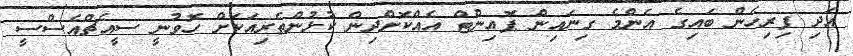
އަދި ފިރިހެން ބައިގެ އެންމެ ގިނައިން ޕޮއިންޓް އެއްކޮށްދިން ކުޅުންތެރިއަކަށް ހޮވުނީ ސީއެޗްއެސްސީ